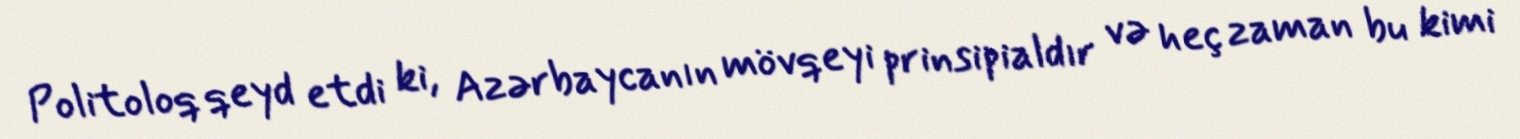
Politoloq qeyd etdi ki, Azərbaycanın mövqeyi prinsipialdır və heç zaman bu kimi